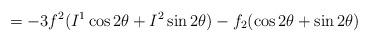
LaTeX: \begin{align*}= - 3 f^2 (I^1 \cos 2 \theta + I^2 \sin 2 \theta) - f_2 (\cos 2\theta + \sin 2 \theta )\end{align*}